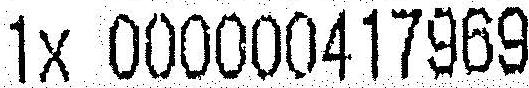
1X 000000417969